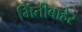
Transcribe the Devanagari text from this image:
भिंतीबाहेर